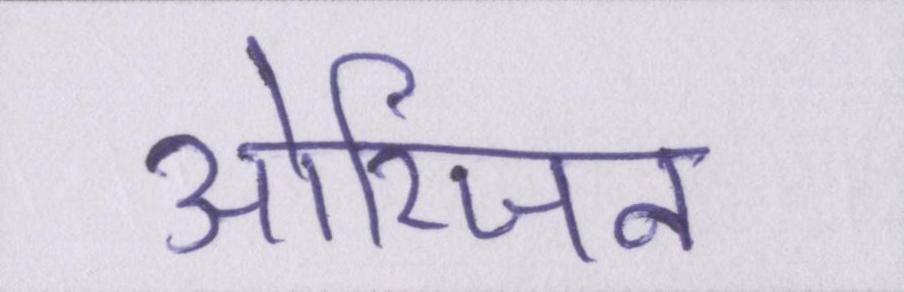
ओरिजन